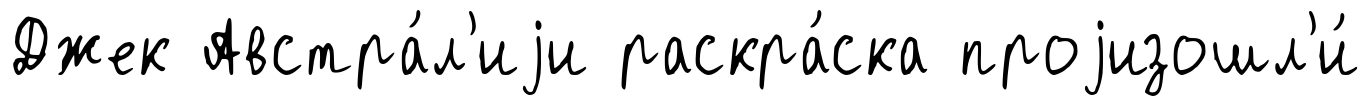
Джек Австра́л'иjи раскра́ска проjизошл'и́